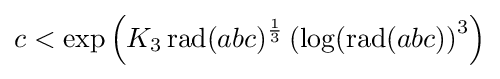
c<\exp {\left(K_{3}\operatorname {rad} (abc)^{\frac {1}{3}}\left(\log(\operatorname {rad} (abc)\right)^{3}\right)}